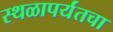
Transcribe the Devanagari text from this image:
स्थळापर्यंतचा